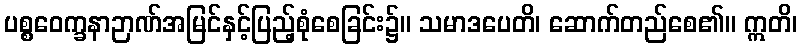
ပစ္စဝေက္ခနာဉာဏ်အမြင်နှင့်ပြည့်စုံစေခြင်း၌။ သမာဒပေတိ၊ ဆောက်တည်စေ၏။ ဣတိ၊